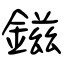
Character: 鎡